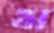
ম